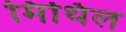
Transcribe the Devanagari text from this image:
मिथिल